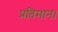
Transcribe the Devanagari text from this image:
प्रतिमान।